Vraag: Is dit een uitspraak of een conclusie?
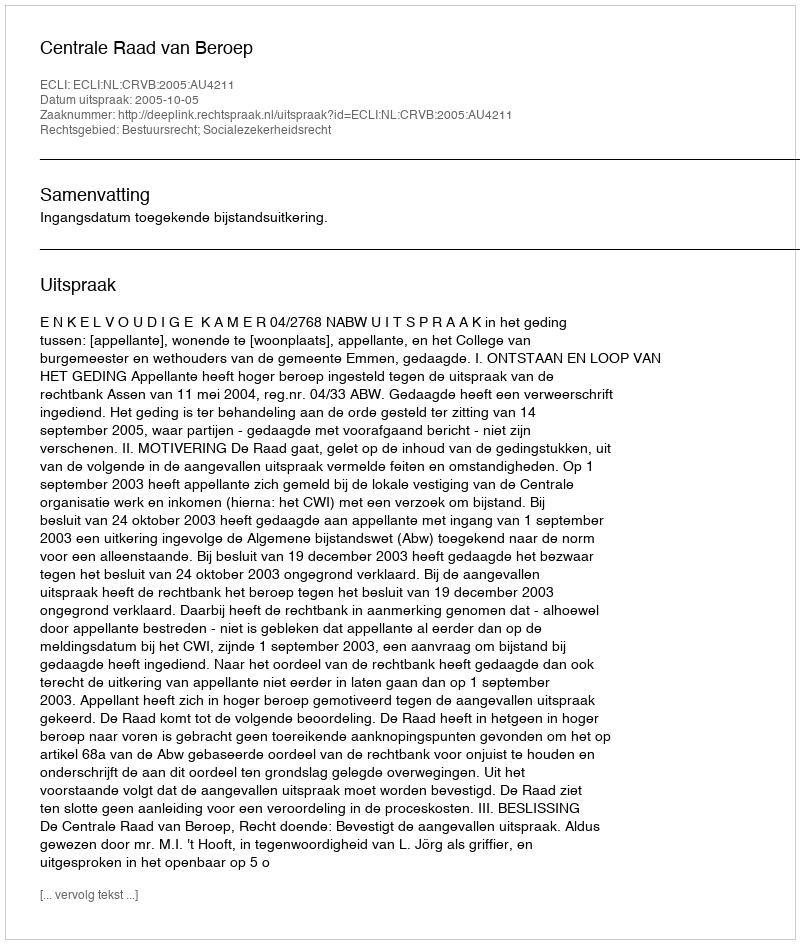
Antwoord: Uitspraak